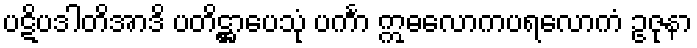
ပဋိပဒါတိအာဒိ ပတိဋ္ဌာပေသုံ ပင်္ကာ ဣဓလောကပရလောကံ ဥဇုနာ